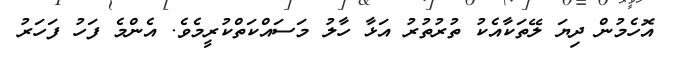
އޮހެމުން ދިޔަ ލޭތަކާއެކު ތުރުތުރު އަޅާ ހާލު މަސައްކަތްކުރީމެވެ. އެންމެ ފަހު ފަހަރު